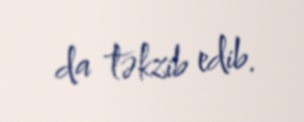
da təkzib edib.